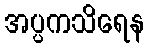
အပ္ပကသိရေန